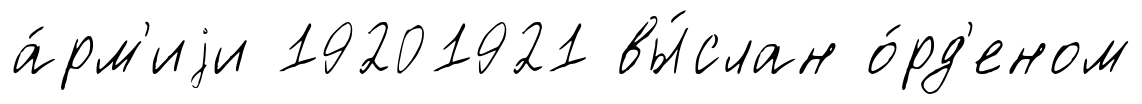
а́рм'иjи 19201921 вы́слан о́рд'еном